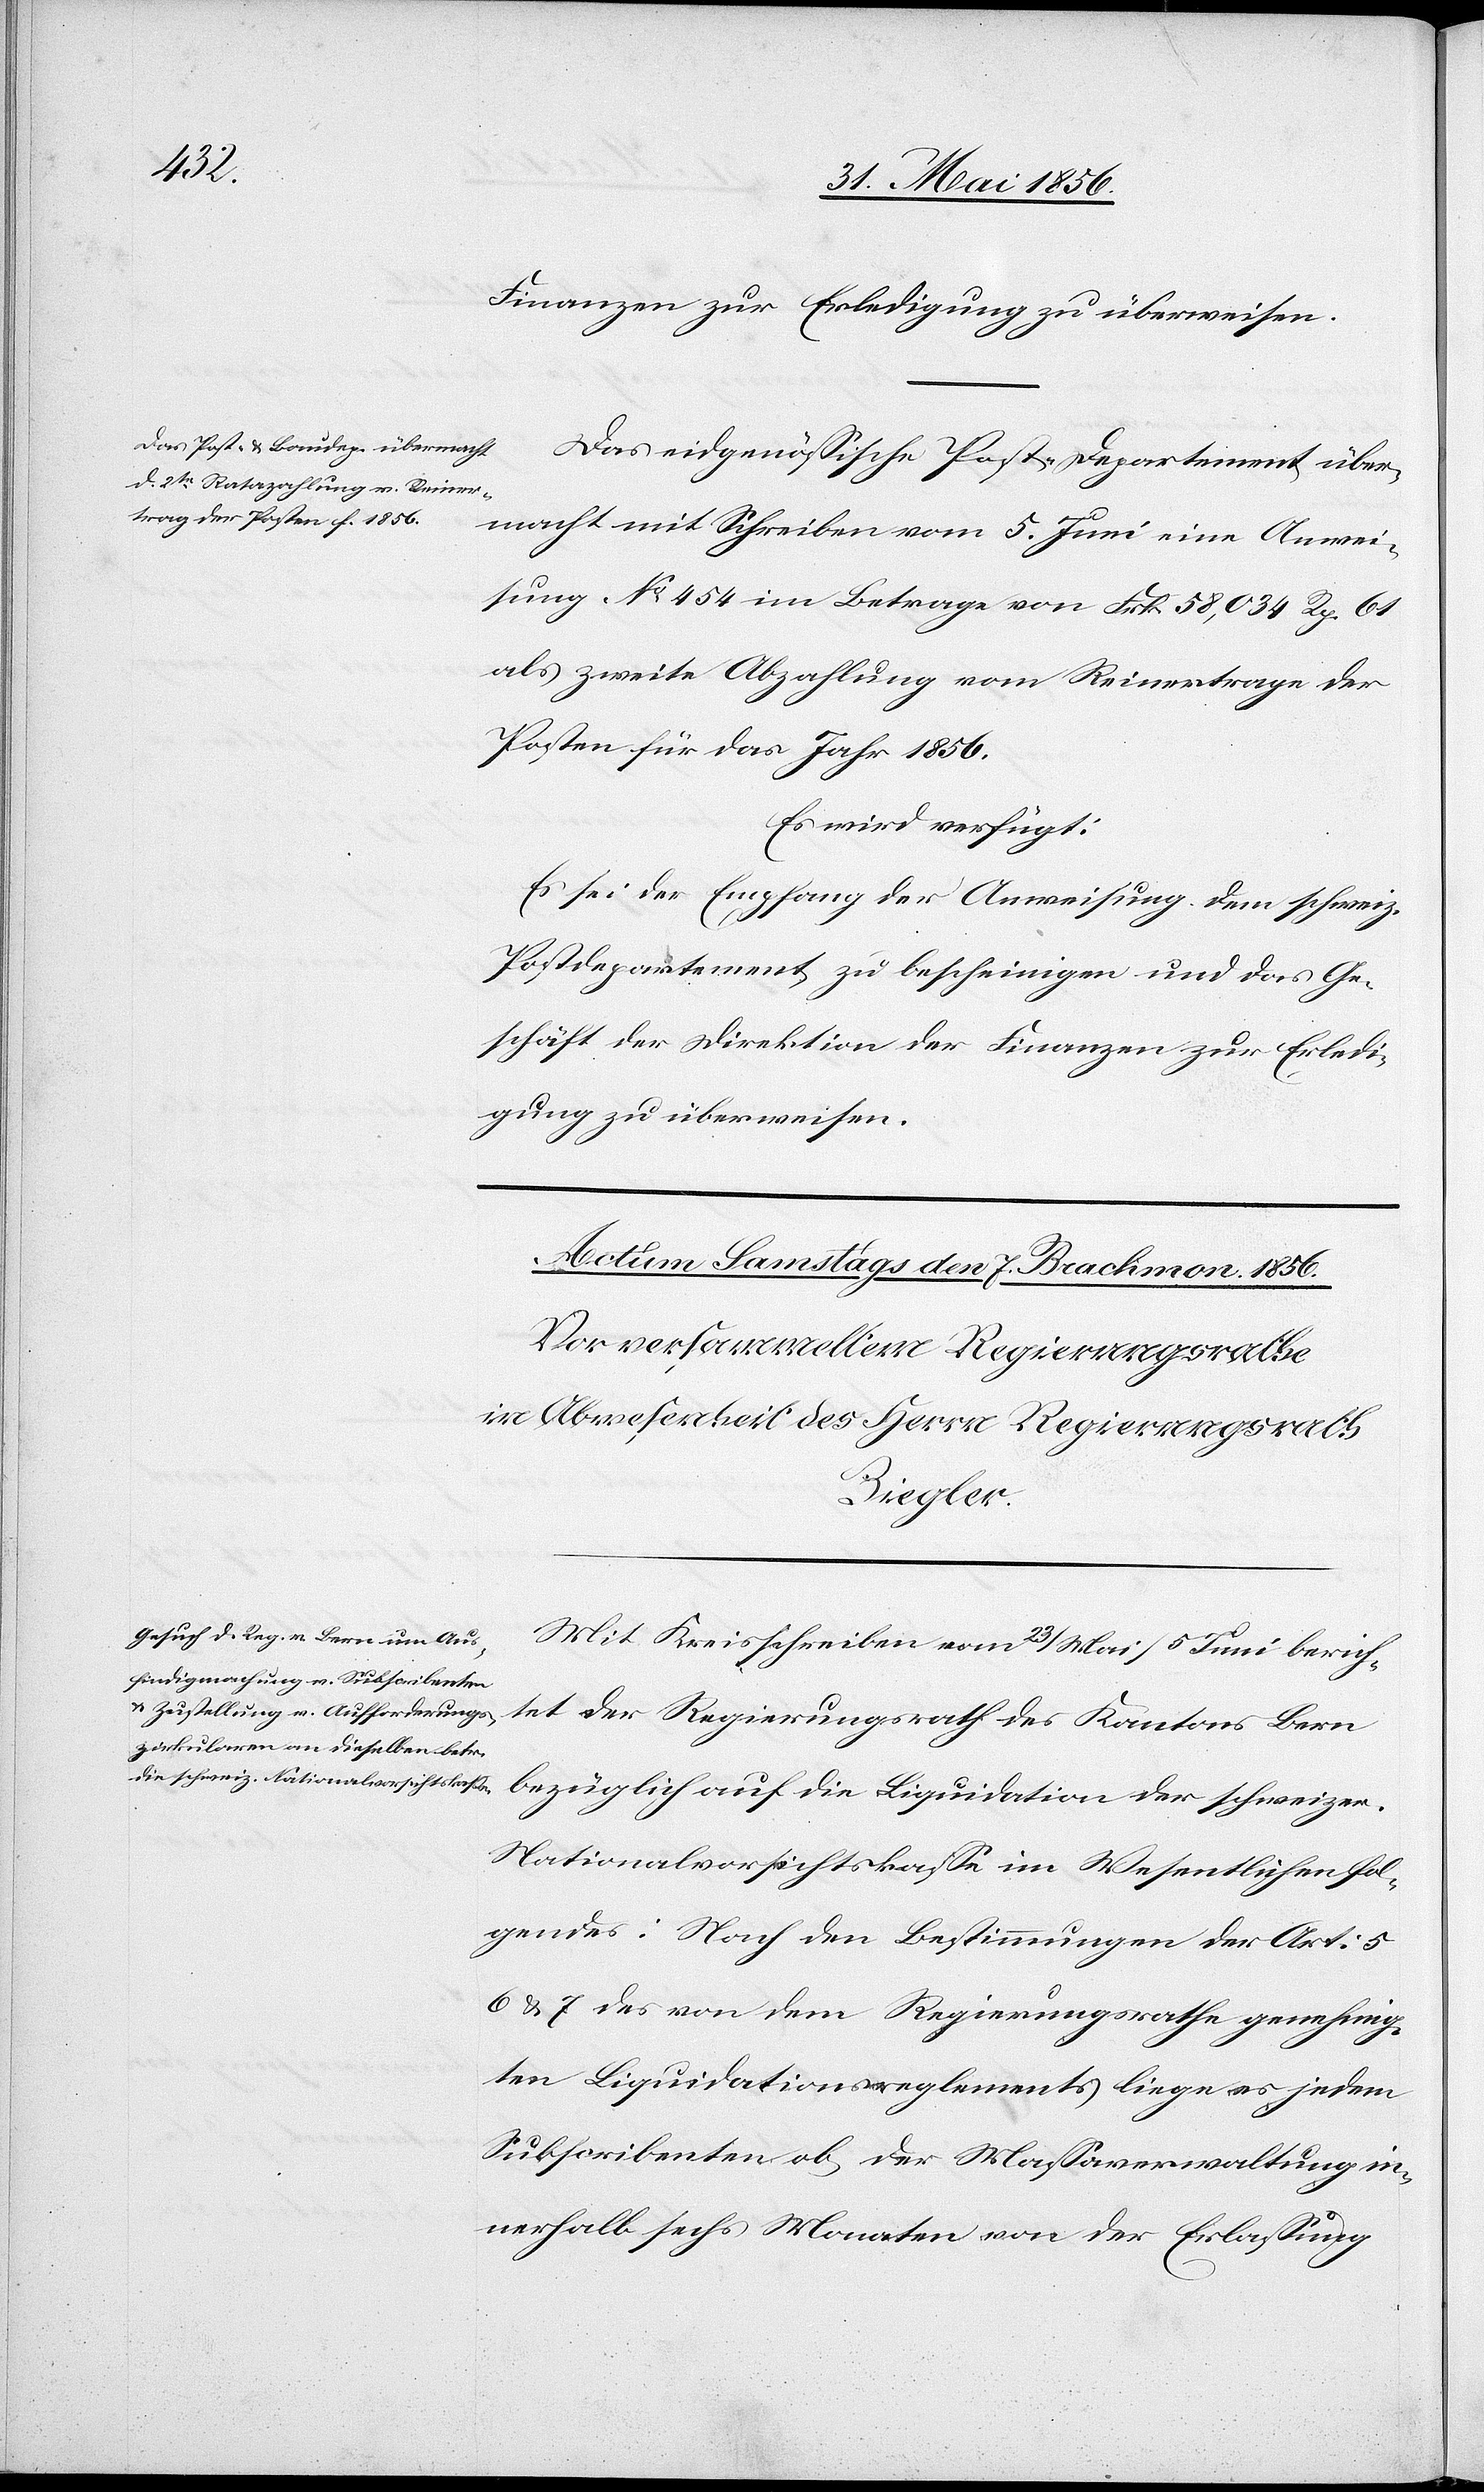
5. Juni 1856.]
Finanzen zur Erledigung zu überweisen.
Das eidgenössische Post-Departement über¬
macht mit Schreiben vom 5. Juni eine Anwei¬
sung No 454 im Betrage von Frk. 58,034 Rp. 61
als zweite Abzahlung vom Reinertrage der
Posten für das Jahr 1856.
Es wird verfügt:
Es sei der Empfang der Anweisung dem schweiz.
Postdepartement zu bescheinigen und das Ge¬
schäft der Direktion der Finanzen zur Erledi¬
gung zu überweisen.
Mit Kreisschreiben vom 23/ Mai/5 Juni berich¬
tet der Regierungsrath des Kantons Bern
bezüglich auf die Liquidation der schweizer.
Nationalvorsichtskasse im Wesentlichen fol¬
gendes: Nach den Bestimmungen der Art: 5
6 & 7 des von dem Regierungsrathe genehmig¬
ten Liquidationsreglements liege es jedem
Subscribenten ob, der Massaverwaltung in¬
nerhalb sechs Monaten von der Erlassung